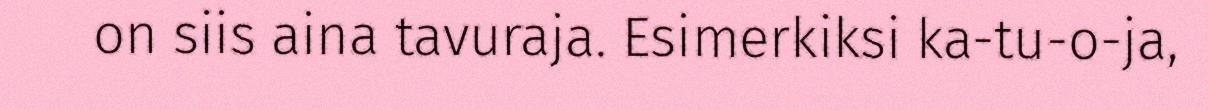
on siis aina tavuraja. Esimerkiksi ka-tu-o-ja,